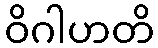
ဝိဂါဟတိ